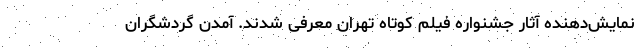
نمایش‌دهنده آثار جشنواره فیلم کوتاه تهران معرفی شدند. آمدن گردشگران